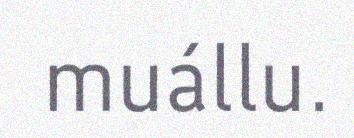
muállu.